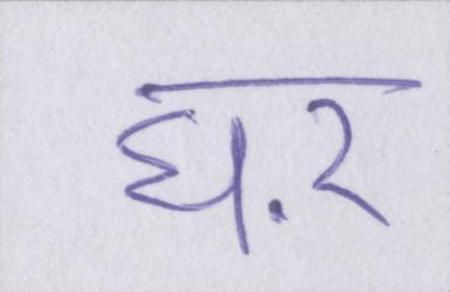
घऱ